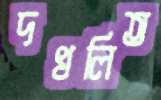
দখলিত